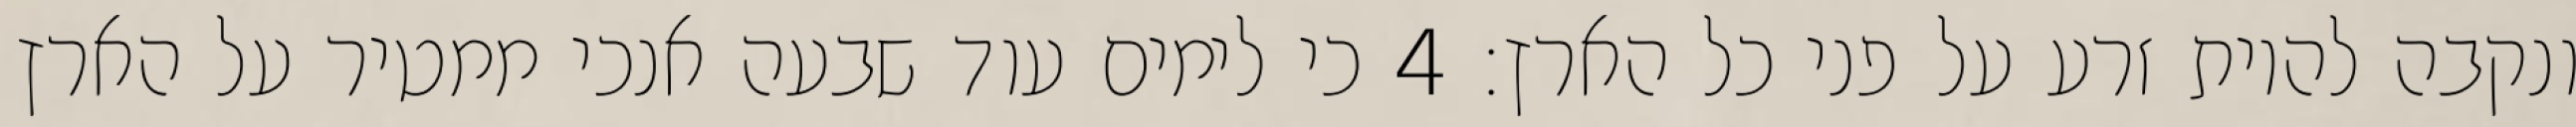
ונקבה להיות זרע על פני כל הארץ׃ ‎4‏ כי לימים עוד שבעה אנכי ממטיר על הארץ